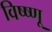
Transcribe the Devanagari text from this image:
विष्ष्णू